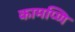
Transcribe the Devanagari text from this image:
कामप्णि